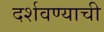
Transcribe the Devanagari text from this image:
दर्शवण्याची